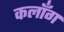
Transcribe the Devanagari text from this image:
कलाँग